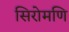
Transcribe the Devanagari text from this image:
सिरोमणि